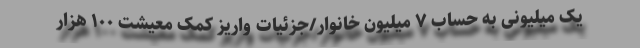
یک میلیونی به حساب ۷ میلیون خانوار/جزئیات واریز کمک معیشت ۱۰۰ هزار